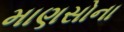
માણસોના